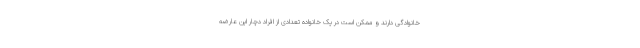
خانوادگی دارند و ممکن است در یک خانواده تعدادی از افراد دچار این عارضه